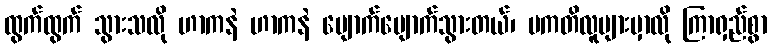
ထွက်ထွက် သွားသလို ဟာကနဲ ဟာကနဲ ပျောက်ပျောက်သွားတယ်၊ ပကတိလူများမှာလို ကြာရှည်စွာ